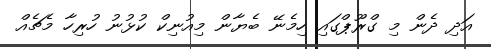
އަދި ދެން މި ގްރޫޕްގައި ހިމެނޭ ބެޔާން މިއުނިކް ކުޅުނު ހުރިހާ މެޗެއް